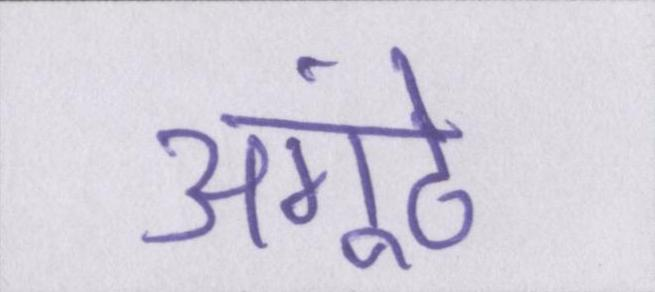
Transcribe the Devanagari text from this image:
अंगूठे